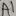
Text: A1